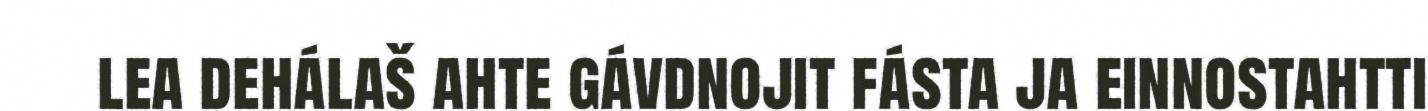
lea dehálaš ahte gávdnojit fásta ja einnostahtti